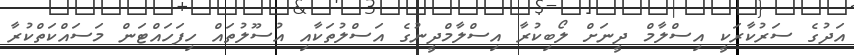
އަދުގެ ސަރުކާރަކީ އިސްލާމް ދީނަށް ލޯބިކުރާ އިސްލާމްދީނުގެ އަސްލުތަކާއި އުސޫލުތައް ހިފަހައްޓަން މަސައްކަތްކުރާ